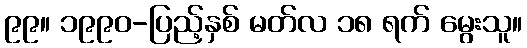
၉၉။ ၁၉၉၀-ပြည့်နှစ် မတ်လ ၁၈ ရက် မွေးသူ။